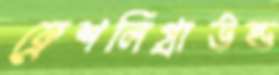
ফ্রেশলিগ্রাউন্ড